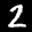
Label: 2